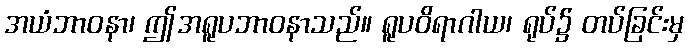
အယံဘာဝနာ၊ ဤအရူပဘာဝနာသည်။ ရူပဝိရာဂါယ၊ ရုပ်၌ တပ်ခြင်းမှ